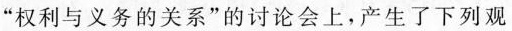
“权利与义务的关系”的讨论会上，产生了下列观